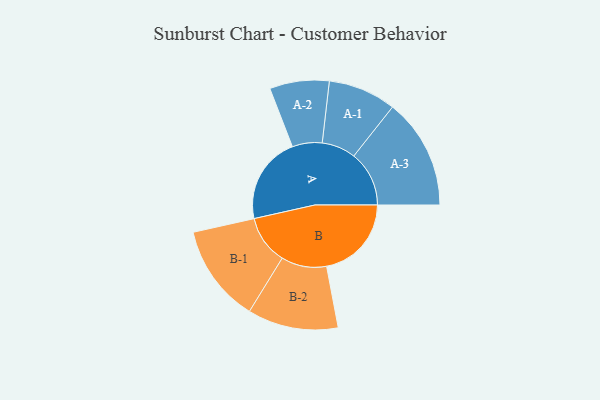
{"axis": {"x": "Segment", "y": "Value"}, "legend": ["", "A", "B"], "data": [{"x": "A", "y": 413, "type": ""}, {"x": "B", "y": 402, "type": ""}, {"x": "A-1", "y": 161, "type": "A"}, {"x": "A-2", "y": 141, "type": "A"}, {"x": "A-3", "y": 262, "type": "A"}, {"x": "B-1", "y": 232, "type": "B"}, {"x": "B-2", "y": 215, "type": "B"}]}